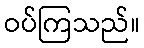
ဝပ်ကြသည်။